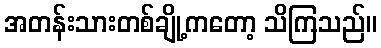
အတန်းသားတစ်ချို့ကတော့ သိကြသည်။